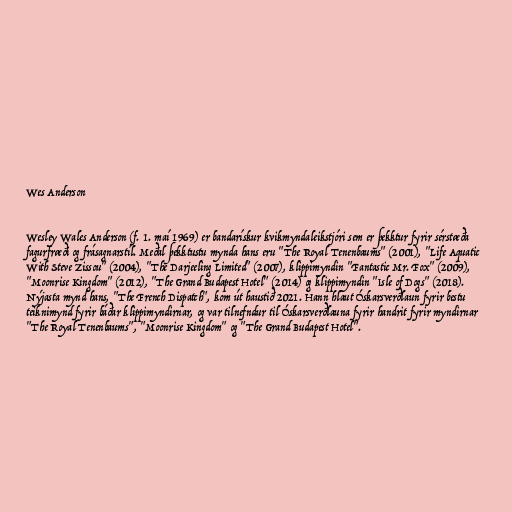
Wes Anderson

Wesley Wales Anderson (f. 1. maí 1969) er bandarískur kvikmyndaleikstjóri sem er þekktur fyrir sérstæða
fagurfræði og frásagnarstíl. Meðal þekktustu mynda hans eru "The Royal Tenenbaums" (2001), "Life Aquatic
With Steve Zissou" (2004), "The Darjeeling Limited" (2007), klippimyndin "Fantastic Mr. Fox" (2009),
"Moonrise Kingdom" (2012), "The Grand Budapest Hotel" (2014) og klippimyndin "Isle of Dogs" (2018).
Nýjasta mynd hans, "The French Dispatch", kom út haustið 2021. Hann hlaut Óskarsverðlaun fyrir bestu
teiknimynd fyrir báðar klippimyndirnar, og var tilnefndur til Óskarsverðlauna fyrir handrit fyrir myndirnar
"The Royal Tenenbaums", "Moonrise Kingdom" og "The Grand Budapest Hotel".